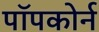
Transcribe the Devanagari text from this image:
पॉपकोर्न